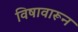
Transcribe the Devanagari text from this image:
विषावारून